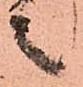
之